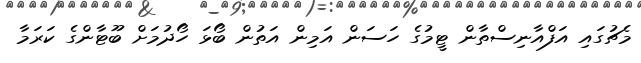
މެޗުގައި އަފްއާނިސްތާން ޓީމުގެ ހަސަން އަމިން އަތުން ބޯޅަ ހޯދުމަށް ބޫޓާންގެ ކަރަމާ